Vital statistics of India. Vol. IV, Annual returns from 1871 to 1876. British Army of India, Native Army and jails of Bengal
Year: 1871
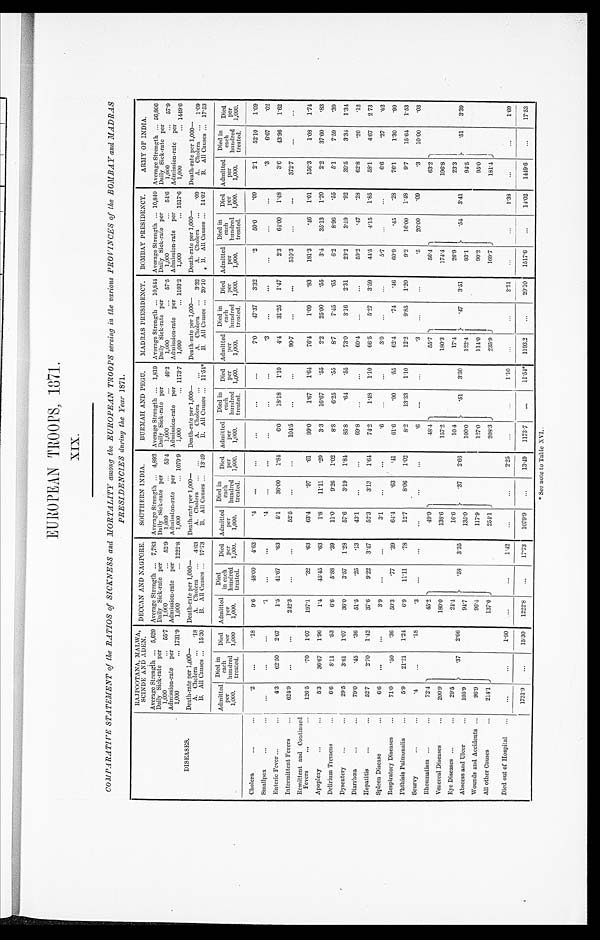
EUROPEAN TROOPS, 1871.
XIX.
COMPARATIVE STATEMENT of the RATIOS of SICKNESS and MORTALITY among the EUROPEAN TROOPS serving in the various PROVINCES of the BOMBAY and MADRAS
PRESIDENCIES during Ike Year 1871.
DISEASES.
RAJPOOTANA, MALWA,
SCINDE AND ADEN. DECCAN AND NAGPORE.
SOUTHERN INDIA.
BURMAH AND PEGU.
MADRAS PRESIDENCY. BOMBAY PRESIDENCY.
ARMY OF INDIA.
Average Strength ...5,620 Average Strength ...7,783 Average Strength ... 4,892 Average Strength ... 1,819 Average Strength ... 10,844 Average Strength ... 10,840 Average Strength ... 56,806
Daily Sick-rate per
1,000 ... 55.7
Daily Sick-rate per
1,000 ... 52.9
Daily Sick-rate per
1,000 ... 55.4
Daily Sick-rate per
1,000 ... 46.2
Daily Sick-rate per
1,000 ... 57.5
Daily Sick-rate per
1,000 ... 54.6
Daily Sick-rate per
1,000 ... 57.9
Admission-rate per
1,000 ... 1731.9
Admission-rate per
1,000 ... 1222.8
Admission-rate per
1,000 ... 1079.9
Admission-rate per
1,000 ... 1173.7
Admission-rate per
1,000 ... 1193.2
Admission-rate per
1,000 ... 1517.6
Admission-rate per
1,000 ... 1449.6
Death-rate per 1,000—
Death-rate per 1,000—
Death-rate per 1,000—
Death-rate per 1,000—
Death-rate per 1,000—
Death-rate per 1,000—
Death-rate per 1,000 —
A. Cholera ...
. 1 8 A. Cholera ... 4.63 A. Cholera .....
A. Cholera ... ...
A. Cholera ... 3.32 A. Cholera ...
. 0 9 A. Cholera ... 1.09
B. All Causes ... 15.30 B. All Causes ... 1 7 . 7 3 B. All Causes ... 13.49 B. All Causes ... 11.54* B. All Causes ... 20.10 B. All Causes ... 14.02 B. All Causes ... 17.53
Admitted
Per
1,000.
Died in
each
hundred
treated.
Died
Per
1,000
Admitted
per
1,000.
D i e d
in each
hundred
treated.
Died
Per
1,000 .
Admitted
Per
1,000.
Died in
each
hundred
treated.
Died
per
1,000.
Admitted
Per
1,000.
Died in
each
hundred
treated.
Died
Per
1,000.
Admitted
Per
1,000.
Died in
each
hundred
treated.
Died
per
1,000.
Admitted
per
1,000.
Died in
each
hundred
treated.
Died
per
1,000.
Admitted
Per
1,000.
Died i n
each
hundred
treated.
Died
Per
1,000.
Cholera
...
...
. 2
. . . .18
9.6
48.00 4.63
. 4
. . . ...
...
...
...
7.0 47.37 3.32
.2
50.0
.09
2.1
52.10 1.09
Smallpox
...
...
...
...
...
.1
...
...
. 4
. . . ...
. . . ...
...
. 3
. . . ...
...
...
...
.3
6.67 .02
Enteric Fever ...
...
4.3 62.50 2.67
1.5
41.67 .63
5.1
36.00
1 . 8 4
6.0
18.18 1.10
4.4 31.25 1.47
2.3
64.00 1.48
3.6
43.96 1.62
Intermittent Fevers
...
624.9
...
...
242.3 ...
...
52.5 ...
...
104.5 ...
...
90.7 ...
...
510.3 ...
...
372.7 ...
...
Remittent and Continued
Fevers
...
...
126.5
.70 1.07
197.1
.32
.63
63.4
.97
.61
99.0
1.67 1.64
76.4
1.09 .83
181.3
.46 1.01
156.3
1.08 1.74
Apoplexy
...
. . .
5.3 36.67 1.96
1.4 45.45 .63
1.8
11.11
.20
3.3
16.67 .55
2.2
25.00 .55
3.4 35.13 1.20
2.2
37.60 .83
Delirium Tremens
...
6.6
8.11 .53
6.6
5.88 .39
11.0
9.26 1.02
8.8
6.25 .55
8.7
7.45 .65
6.2
8.96 .55
5.1
7.59 .39
Dysentery ...
...
29.5
3.61 1.07
36.0
3.57 1.28
57.6
3.19 1.84
85.8
.64 .55
73.0
3.16 2.31
23.2
3.59 .92
39.5
3.34 1.34
Diarrhœa
...
...
79.0
.45
.36
51.5
.25
.13
43.1 ...
...
69.8 ...
...
60.4 ...
...
59.2
.47 .28
62.8
.20
.12
Hepatitis
...
...
52.7
2.70 1.42
37.6
9.22 3.47
52.3
3.13 1.64
74.2
1.48 1.10
66.5
5.27 3.59
44.5
4.15 1.85
58.1
4.67 2 73
Spleen Disease
...
6.6 ...
...
3.9 ...
...
3.1 ...
...
. 6
. . . ...
3.0 ...
...
5.7 ...
...
6.6
.27
.02
Respiratory Diseases ...
71.0
.50
.36
50.3
.77
.39
64.4
.63
.41
61.6
.90
.55
62.4
.74
.46
60.9
.45
.28
76.1
1.30 .99
Phthisis Pulmonalis
...
5.9 21.21 1.24
6.9
11.11 .78
12.7
8.06 1.02
8.2
13.33 1.10
12.2
9.85 1.20
9.2
16.00 1.48
9.7
15.64 1.53
Scurvy
. . .
. . .
.4
...
.18
. 3
. . .
. . . ...
...
...
. 6
. . . ...
. 3
. . . ...
.5
20.00 .09
.3
10.00 .03
Rheumatism ...
72.4
.37 2.66
45.2
. 5
8 3.35
49.9
.37 2.66
48.4
.51 3.30
55.7
.47 3.51
56.4
.54 3.41
63.2
.51 3.39
Venereal Diseases
...
200.9
180.0
138.6
157.2
180.3
174.4
196.8
Eye Diseases ... ...
29.5
24.4
16.6
10.4
17.4
26.9
23.3
Abscess and Ulcer ...
105.9
94.7
135.0
100.0
122.4
93.1
94.5
Wounds and Accidents ...
96.9
96.4
117.9
127.0
114.0
90.2
95.0
All other Causes ...
137.0
254.1
208.3
235.9
169.7
181.4
Died out of Hospital
. . .
. . .
1 . 6 0 ...
...
1.42
. . . ...
2.25
...
...
1.10
...
...
2.21
. . . ...
1.38
...
...
1.69
1731.9 ...
15.30 1222.8 ...
17.73 1079.9 ...
13.49
1173.7
...
11.54* 1193.2 ...
20.10 1517.6 ...
14.02 1449.6 ...
17.53
* See note to Table XVI..